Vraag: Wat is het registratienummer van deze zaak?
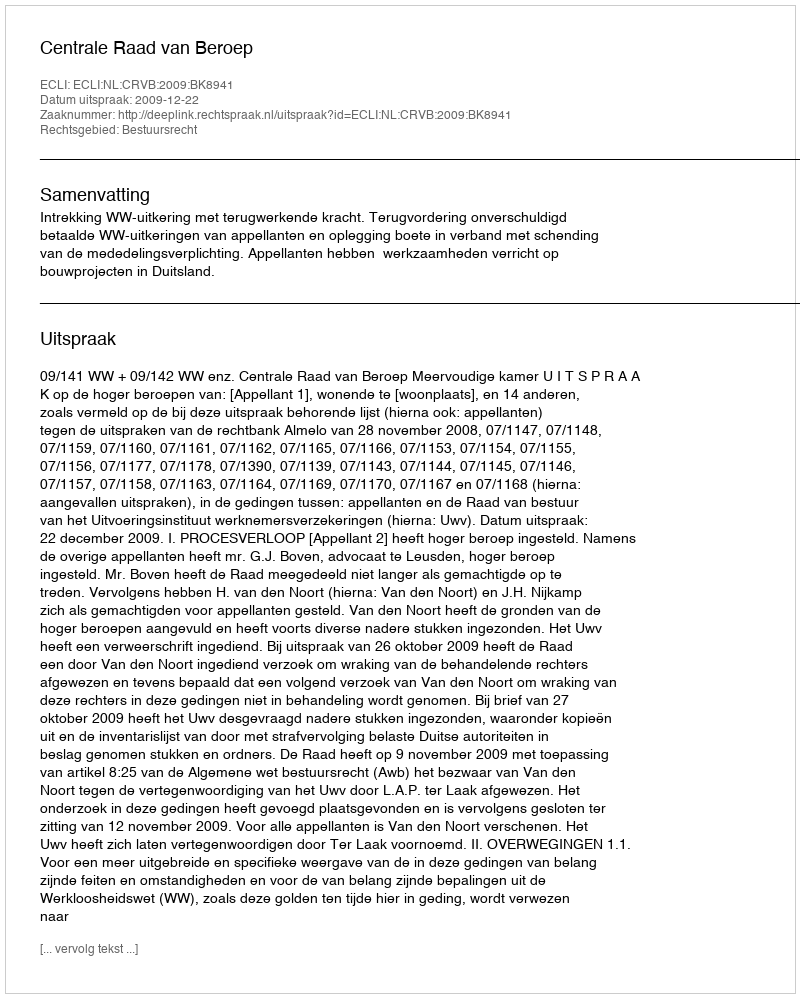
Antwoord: http://deeplink.rechtspraak.nl/uitspraak?id=ECLI:NL:CRVB:2009:BK8941